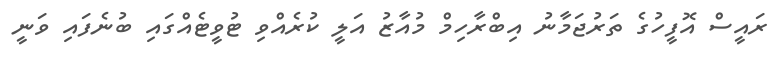
ރައީސް އޮފީހުގެ ތަރުޖަމާނު އިބްރާހިމް މުއާޒު އަލީ ކުރެއްވި ޓުވީޓެއްގައި ބުނެފައި ވަނީ